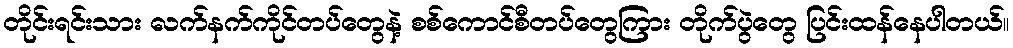
တိုင်းရင်းသား လက်နက်ကိုင်တပ်တွေနဲ့ စစ်ကောင်စီတပ်တွေကြား တိုက်ပွဲတွေ ပြင်းထန်နေပါတယ်။